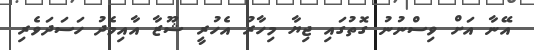
އޭނާ އަށް ވިސްނުނު ގޮތުގައި ޖިޔާ މިހާރު އެހުރީ ޝޫޒާ އާއިމެދު ހަސަދަވެރި